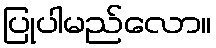
ပြုပါမည်လော။